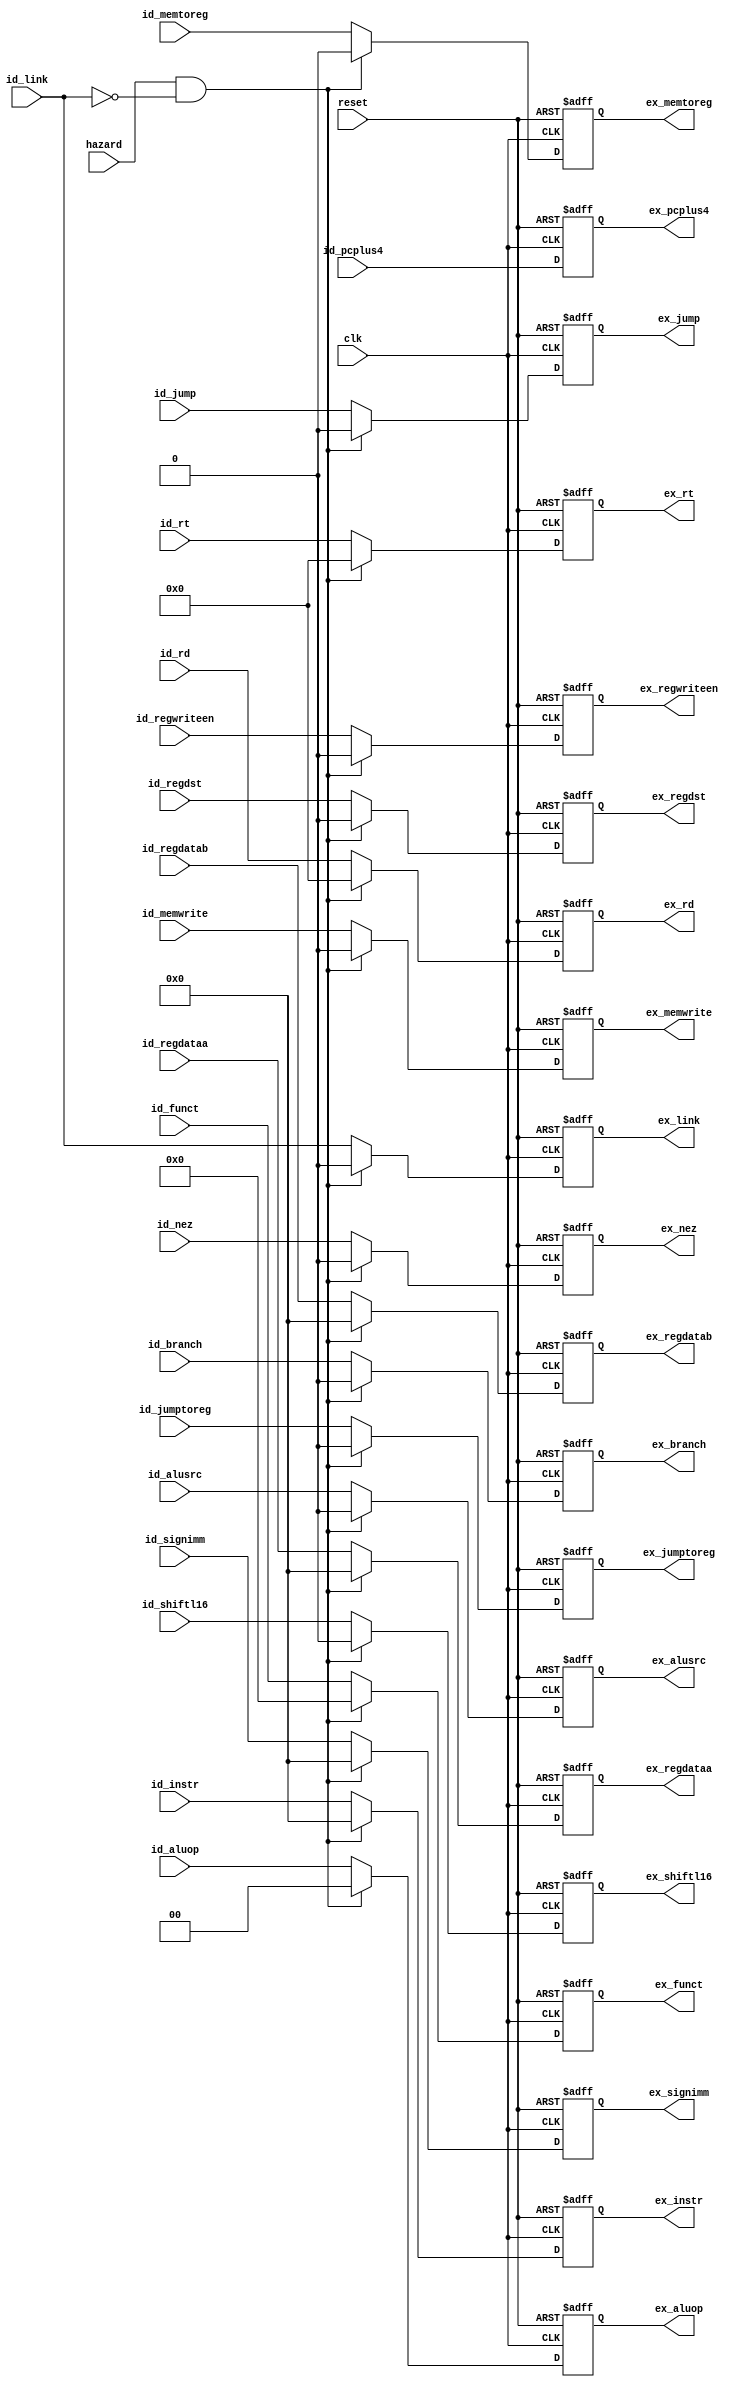
module pipe_id2ex(input clk, reset,
                  input         hazard,
                  input [31:0]  id_instr,
                  input [31:0]  id_pcplus4,
                  input         id_shiftl16,
                  input         id_jumptoreg,
                  input         id_jump,
                  input         id_alusrc,
                  input         id_nez,
                  input         id_regdst,
                  input         id_link,
                  input [31:0]  id_regdataa,
                  input [31:0]  id_regdatab,
                  input [31:0]  id_signimm,
                  input [5:0]   id_funct,
                  input [4:0]   id_rt,
                  input [4:0]   id_rd,
                  input [1:0]   id_aluop,
                  input         id_branch,
                  input         id_memtoreg,
                  input         id_regwriteen,
                  input         id_memwrite,
                  output [31:0] ex_instr,
                  output [31:0] ex_pcplus4,
                  output        ex_shiftl16,
                  output        ex_jumptoreg,
                  output        ex_jump,
                  output        ex_alusrc,
                  output        ex_nez,
                  output        ex_regdst,
                  output        ex_link,
                  output [31:0] ex_regdataa,
                  output [31:0] ex_regdatab,
                  output [31:0] ex_signimm,
                  output [5:0]  ex_funct,
                  output [4:0]  ex_rt,
                  output [4:0]  ex_rd,
                  output [1:0]  ex_aluop,
                  output        ex_branch,
                  output        ex_memtoreg,
                  output        ex_regwriteen,
                  output        ex_memwrite);

   reg [31:0]                   ex_instr;
   reg [31:0]                   ex_pcplus4;
   reg                          ex_shiftl16;
   reg                          ex_jumptoreg;
   reg                          ex_jump;
   reg                          ex_alusrc;
   reg                          ex_nez;
   reg                          ex_regdst;
   reg                          ex_link;
   reg [31:0]                   ex_regdataa;
   reg [31:0]                   ex_regdatab;
   reg [31:0]                   ex_signimm;
   reg [5:0]                    ex_funct;
   reg [4:0]                    ex_rt;
   reg [4:0]                    ex_rd;
   reg [1:0]                    ex_aluop;
   reg                          ex_branch;
   reg                          ex_memtoreg;
   reg                          ex_regwriteen;
   reg                          ex_memwrite;


   always @(posedge clk, posedge reset)
     begin
        if (reset)
          begin
             ex_instr <= 0;
             ex_pcplus4 <= 0;
             ex_shiftl16 <= 0;
             ex_jumptoreg <= 0;
             ex_jump <= 0;
             ex_alusrc <= 0;
             ex_nez <= 0;
             ex_regdst <= 0;
             ex_link <= 0;
             ex_regdataa <= 0;
             ex_regdatab <= 0;
             ex_signimm <= 0;
             ex_funct <= 0;
             ex_rt <= 0;
             ex_rd <= 0;
             ex_aluop <= 0;
             ex_branch <= 0;
             ex_memtoreg <= 0;
             ex_regwriteen <= 0;
             ex_memwrite <= 0;
          end
        else
          begin
             ex_pcplus4 <= id_pcplus4;
             if (hazard && (!id_link))
               begin
                  ex_instr <= 0;
                  ex_shiftl16 <= 0;
                  ex_jumptoreg <= 0;
                  ex_jump <= 0;
                  ex_alusrc <= 0;
                  ex_nez <= 0;
                  ex_regdst <= 0;
                  ex_link <= 0;
                  ex_regdataa <= 0;
                  ex_regdatab <= 0;
                  ex_signimm <= 0;
                  ex_funct <= 0;
                  ex_rt <= 0;
                  ex_rd <= 0;
                  ex_aluop <= 0;
                  ex_branch <= 0;
                  ex_memtoreg <= 0;
                  ex_regwriteen <= 0;
                  ex_memwrite <= 0;
               end
             else
               begin
                  ex_instr <= id_instr;
                  ex_shiftl16 <= id_shiftl16;
                  ex_jumptoreg <= id_jumptoreg;
                  ex_jump <= id_jump;
                  ex_alusrc <= id_alusrc;
                  ex_nez <= id_nez;
                  ex_regdst <= id_regdst;
                  ex_link <= id_link;
                  ex_regdataa <= id_regdataa;
                  ex_regdatab <= id_regdatab;
                  ex_signimm <= id_signimm;
                  ex_funct <= id_funct;
                  ex_rt <= id_rt;
                  ex_rd <= id_rd;
                  ex_aluop <= id_aluop;
                  ex_branch <= id_branch;
                  ex_memtoreg <= id_memtoreg;
                  ex_regwriteen <= id_regwriteen;
                  ex_memwrite <= id_memwrite;
               end
          end
     end
endmodule